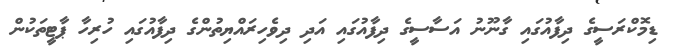
ޑިމޮކްރަސީގެ ދިފާއުގައި ގާނޫނު އަސާސީގެ ދިފާއުގައި އަދި ދިވެހިރައްޔިތުންގެ ދިފާއުގައި ހުރިހާ ޕާޓީތަކުން